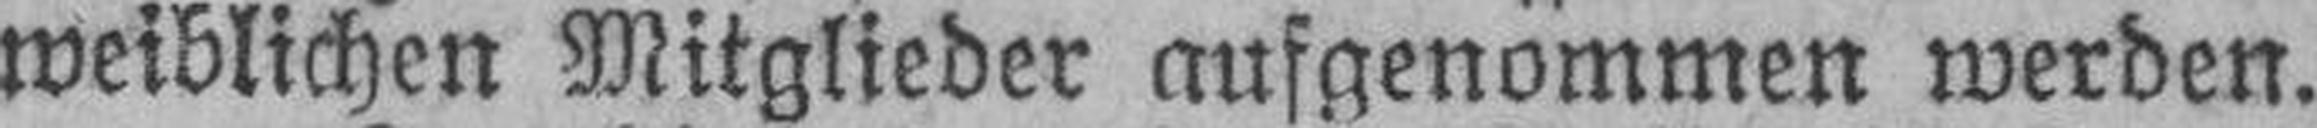
weiblichen Mitglieder ausgenommen werden.